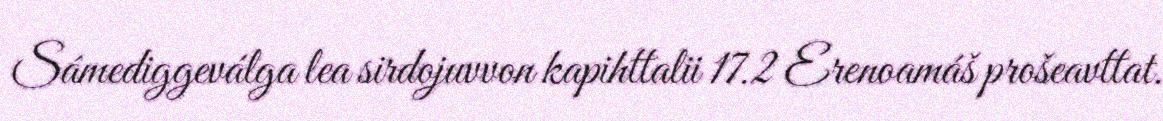
Sámediggeválga lea sirdojuvvon kapihttalii 17.2 Erenoamáš prošeavttat.